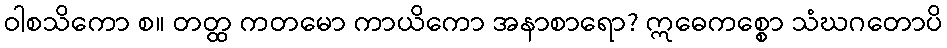
ဝါစသိကော စ။ တတ္ထ ကတမော ကာယိကော အနာစာရော? ဣဓေကစ္စော သံဃဂတောပိ